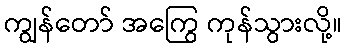
ကျွန်တော် အကြွေ ကုန်သွားလို့။